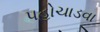
પહોચાડવા